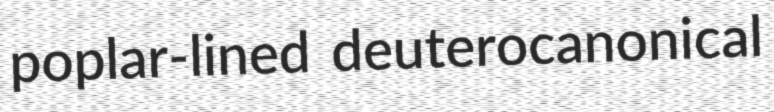
poplar-lined deuterocanonical